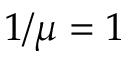
1 / \mu = 1